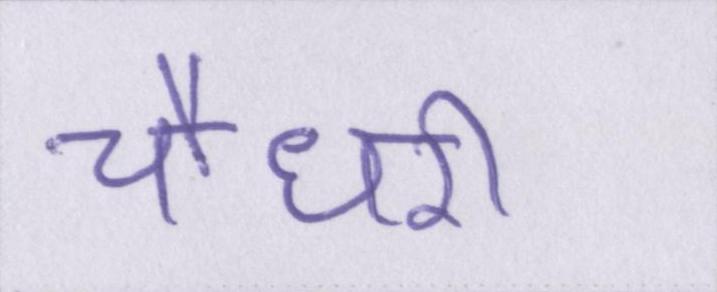
चौधरी